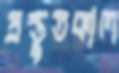
প্রস্তুতকাল